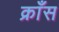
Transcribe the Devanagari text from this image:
क्राँस